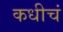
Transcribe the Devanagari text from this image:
कधीचं